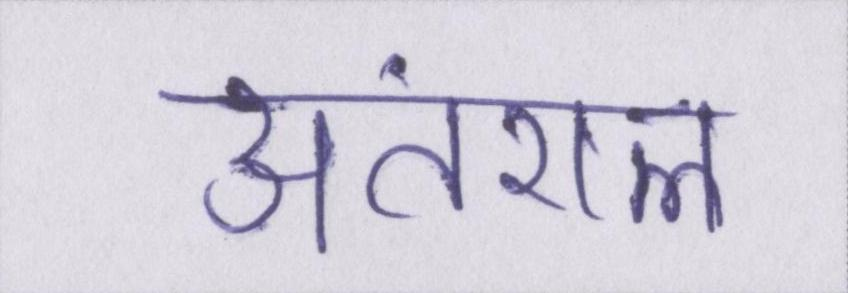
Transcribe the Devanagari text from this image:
अंतराल